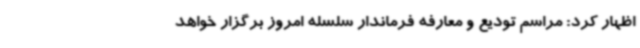
اظهار کرد: مراسم تودیع و معارفه فرماندار سلسله امروز برگزار خواهد